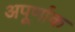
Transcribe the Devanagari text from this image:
अपूर्णाक